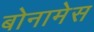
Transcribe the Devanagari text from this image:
बोनामेस